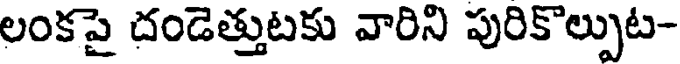
లంకపై దండెత్తుటకు వారిని పురికొల్పుట-